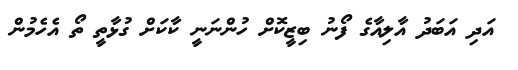
އަދި އަބަދު އާލިއާގެ ފޯނު ބިޒީކޮށް ހުންނަނީ ކާކަށް ގުޅާތީ ތޯ އެހެމުން